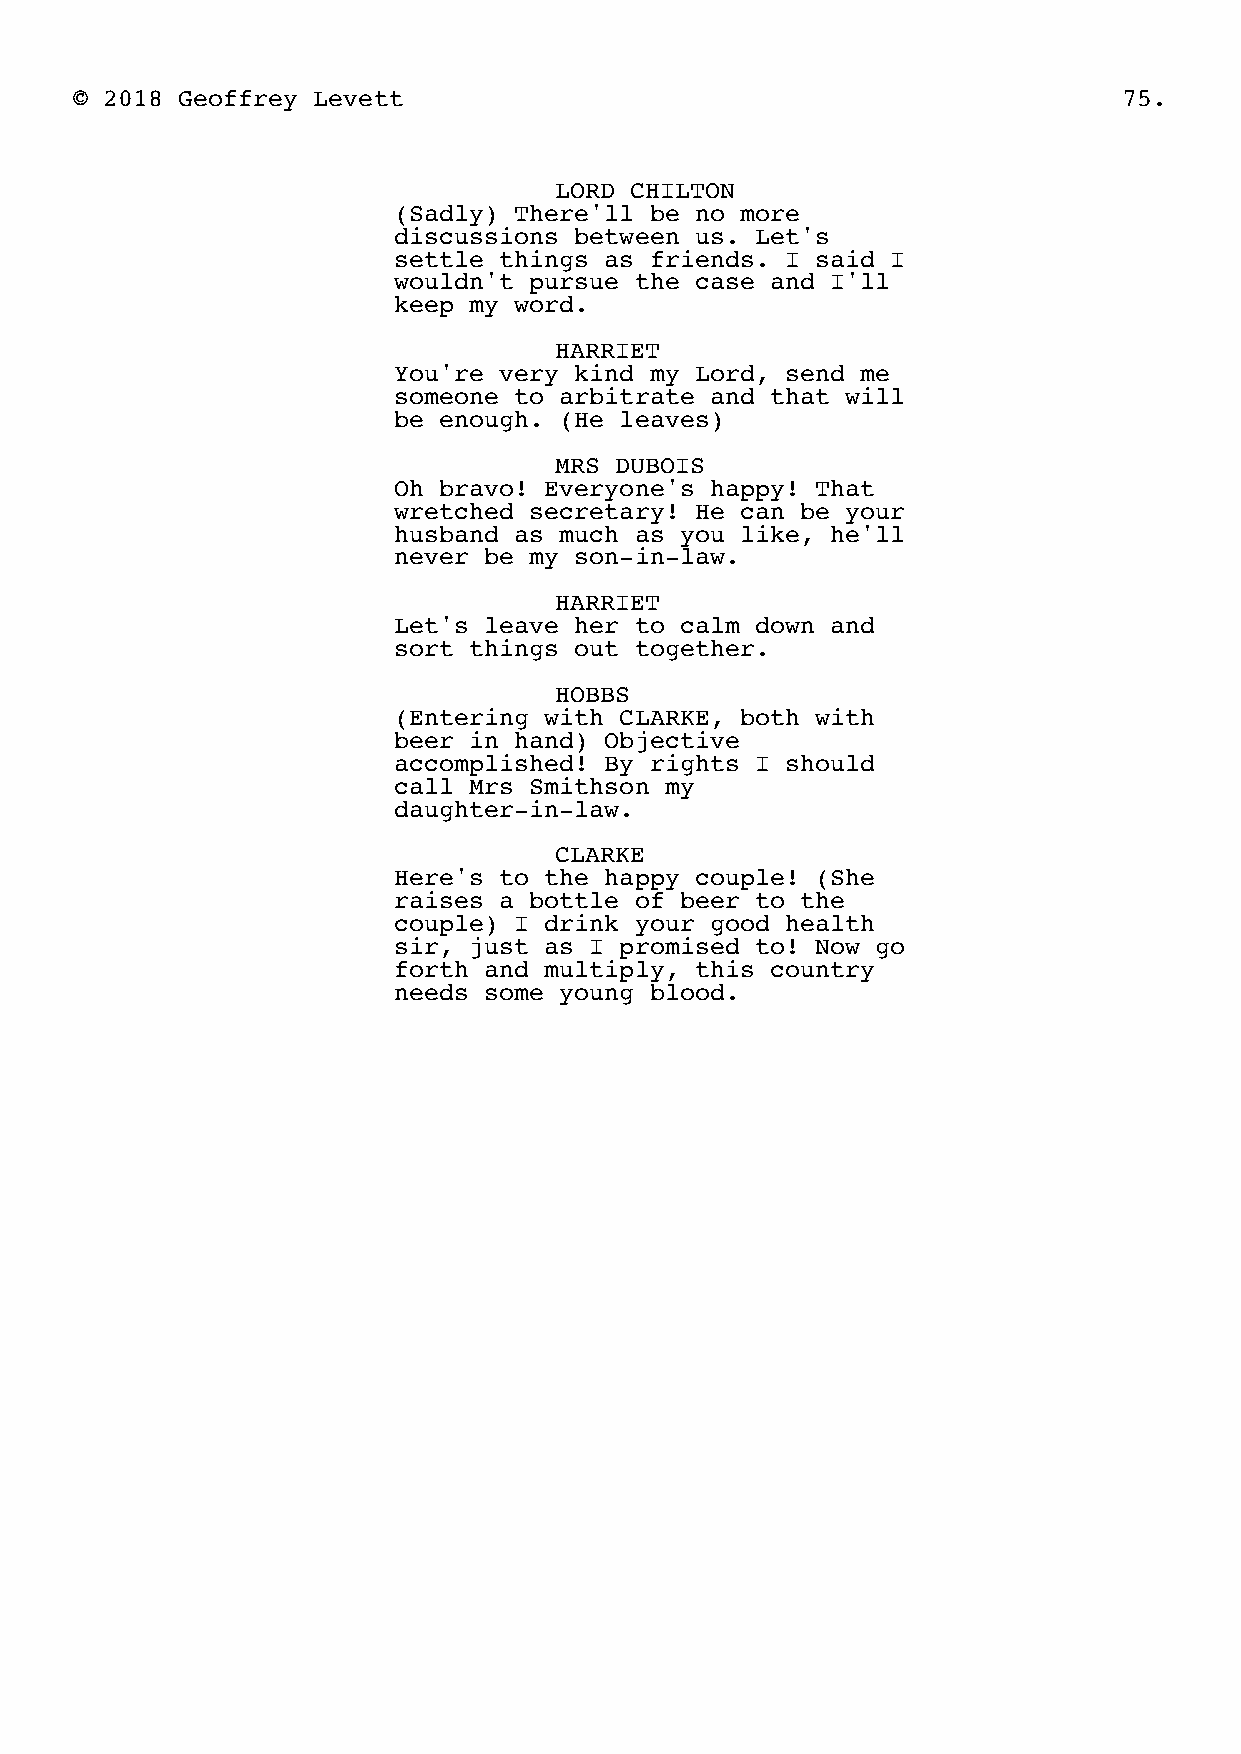
© 2018 Geoffrey Levett                                               75.
 LORD CHILTON
 (Sadly) There'll be no more
 discussions between us. Let's
 settle things as friends. I said I
 wouldn't pursue the case and I'll
 keep my word.
 HARRIET
 You're very kind my Lord, send me
 someone to arbitrate and that will
 be enough. (He leaves)
 MRS DUBOIS
 Oh bravo! Everyone's happy! That
 wretched secretary! He can be your
 husband as much as you like, he'll
 never be my son-in-law.
 HARRIET
 Let's leave her to calm down and
 sort things out together.
 HOBBS
 (Entering with CLARKE, both with
 beer in hand) Objective
 accomplished! By rights I should
 call Mrs Smithson my
 daughter-in-law.
 CLARKE
 Here's to the happy couple! (She
 raises a bottle of beer to the
 couple) I drink your good health
 sir, just as I promised to! Now go
 forth and multiply, this country
 needs some young blood.